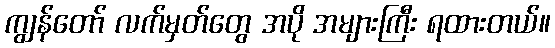
ကျွန်တော် လက်မှတ်တွေ အပို အများကြီး ရထားတယ်။